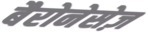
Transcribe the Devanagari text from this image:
बैरोनेसेज़